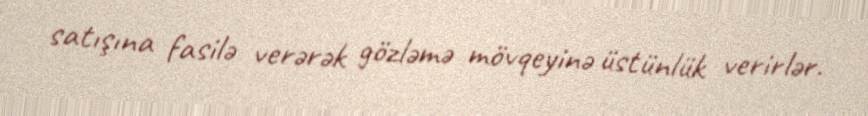
satışına fasilə verərək gözləmə mövqeyinə üstünlük verirlər.